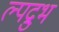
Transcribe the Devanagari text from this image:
ल्पद्रुभ